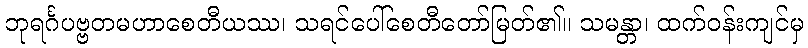
ဘုရင်္ဂပဗ္ဗတမဟာစေတီယဿ၊ သရင်ပေါ်စေတီတော်မြတ်၏။ သမန္တာ၊ ထက်ဝန်းကျင်မှ